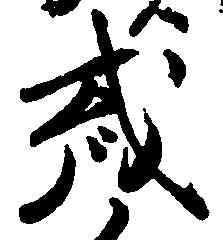
或